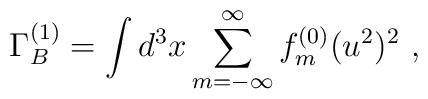
\Gamma^{(1)}_B =   \int d^3x \sum_{m= -\infty}^{\infty} f^{(0)}_m (u^2)^2  \  ,